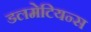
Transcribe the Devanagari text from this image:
डलमेटियन्स